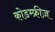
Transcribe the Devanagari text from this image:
कोडम्फ्रीज़